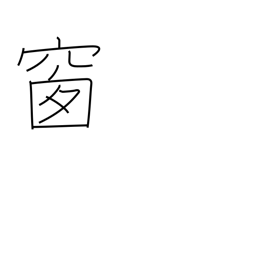
Meaning: pane